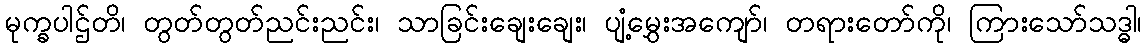
မုက္ခပါဌ်တိ၊ တွတ်တွတ်ညင်းညင်း၊ သာခြင်းချေးချေး၊ ပျံ့မွှေးအကျော်၊ တရားတော်ကို၊ ကြားသော်သဒ္ဓါ၊